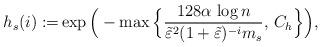
LaTeX: \begin{align*} h_s(i) := & \exp \Big( - \max \Big\{ \frac{128 \alpha\,\log n }{\tilde \varepsilon^2 ( 1+ \tilde \varepsilon )^{-i} m_s } ,\, C_h \Big\} \Big),\end{align*}